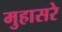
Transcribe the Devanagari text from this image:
मुहासरे